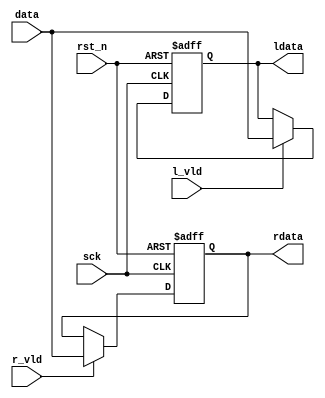
// This program was cloned from: https://github.com/MongooseOrion/FPGA_atoms
// License: MIT License

//******************************************************************

//******************************************************************
`timescale 1ns/1ns
module i2s_loop
#(
    parameter DATA_WIDTH = 8
)
(
    input                       sck,
    input                       rst_n,

    output reg [DATA_WIDTH - 1:0]  ldata,
    output reg [DATA_WIDTH - 1:0]  rdata,

    input   [DATA_WIDTH - 1:0]  data,
    input                       r_vld,
    input                       l_vld
);

always @(posedge sck or negedge rst_n)
begin
    if(~rst_n)
        ldata <= {DATA_WIDTH{1'b0}};
    else if(l_vld)
        ldata <= data;
end

always @(posedge sck or negedge rst_n)
begin
    if(~rst_n)
        rdata <= {DATA_WIDTH{1'b0}};
    else if(r_vld)
        rdata <= data;
end

endmodule //i2s_loop